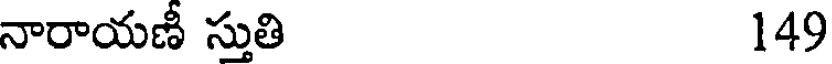
నారాయణీ స్తుతి 149